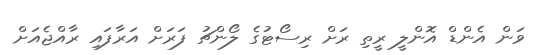
ވަން އެންޑް އޮންލީ ރީތި ރަށް ރިސޯޓުގެ ލޯންޗު ފަރަށް އަރާފައި ރާއްޖެއަށް